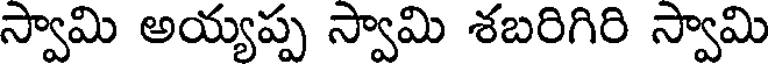
స్వామి అయ్యప్ప స్వామి శబరిగిరి స్వామి